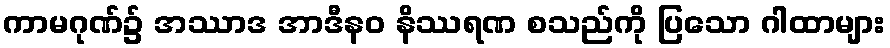
ကာမဂုဏ်၌ အဿာဒ အာဒီနဝ နိဿရဏ စသည်ကို ပြသော ဂါထာများ